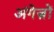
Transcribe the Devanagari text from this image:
अंगेज़ों